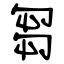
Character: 芻